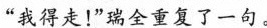
“我得走!”瑞全重复了一句。